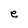
Character: e